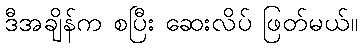
ဒီအချိန်က စပြီး ဆေးလိပ် ဖြတ်မယ်။